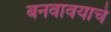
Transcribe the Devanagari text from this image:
बनवावयाचे